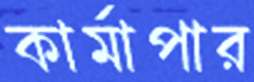
কার্মাপার